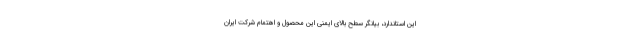
این استاندارد، بیانگر سطح بالای ایمنی این محصول و اهتمام شرکت ایران